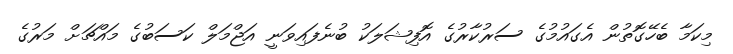
މިކަމާ ބެހޭގޮތުން އެގައުމުގެ ސަރުކާރުގެ އޮފިޝަލަކު ބުނެފައިވަނީ އަޖްމަލް ކަސަބުގެ މައްޗަށް މަރުގެ